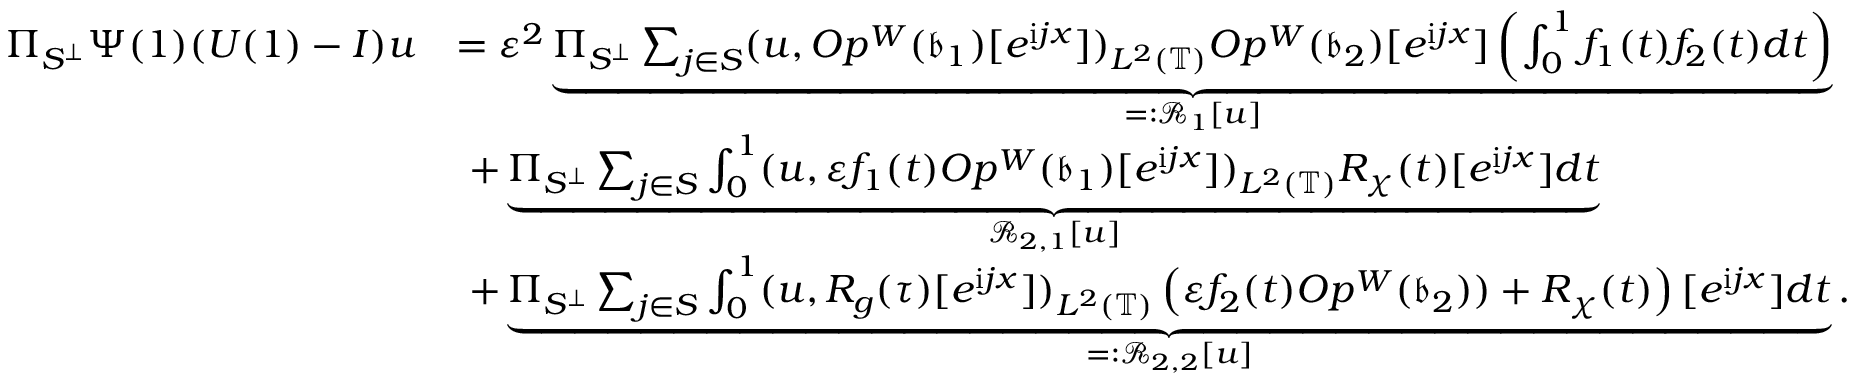
\begin{array} { r l } { \Pi _ { S ^ { \perp } } \Psi ( 1 ) ( U ( 1 ) - I ) u } & { = \varepsilon ^ { 2 } \underbrace { \Pi _ { S ^ { \perp } } \sum _ { j \in S } ( u , O p ^ { W } ( \mathfrak { b } _ { 1 } ) [ e ^ { \mathrm { i } j x } ] ) _ { L ^ { 2 } ( \mathbb { T } ) } O p ^ { W } ( \mathfrak { b } _ { 2 } ) [ e ^ { \mathrm { i } j x } ] \left( \int _ { 0 } ^ { 1 } f _ { 1 } ( t ) f _ { 2 } ( t ) d t \right) } _ { = : \mathcal { R } _ { 1 } [ u ] } } \\ & { \ + \underbrace { \Pi _ { S ^ { \perp } } \sum _ { j \in S } \int _ { 0 } ^ { 1 } ( u , \varepsilon f _ { 1 } ( t ) O p ^ { W } ( \mathfrak { b } _ { 1 } ) [ e ^ { \mathrm { i } j x } ] ) _ { L ^ { 2 } ( \mathbb { T } ) } R _ { \chi } ( t ) [ e ^ { \mathrm { i } j x } ] d t } _ { \mathcal { R } _ { 2 , 1 } [ u ] } } \\ & { \ + \underbrace { \Pi _ { S ^ { \perp } } \sum _ { j \in S } \int _ { 0 } ^ { 1 } ( u , R _ { g } ( \tau ) [ e ^ { \mathrm { i } j x } ] ) _ { L ^ { 2 } ( \mathbb { T } ) } \left( \varepsilon f _ { 2 } ( t ) O p ^ { W } ( \mathfrak { b } _ { 2 } ) ) + R _ { \chi } ( t ) \right) [ e ^ { \mathrm { i } j x } ] d t } _ { = : \mathcal { R } _ { 2 , 2 } [ u ] } . } \end{array}